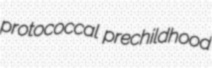
protococcal prechildhood